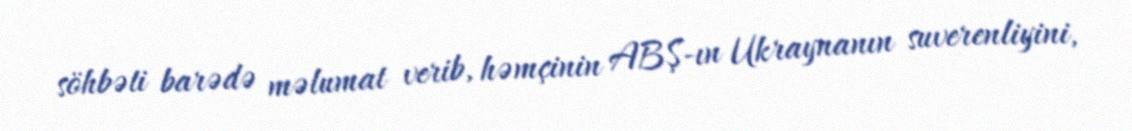
söhbəti barədə məlumat verib, həmçinin ABŞ-ın Ukraynanın suverenliyini,